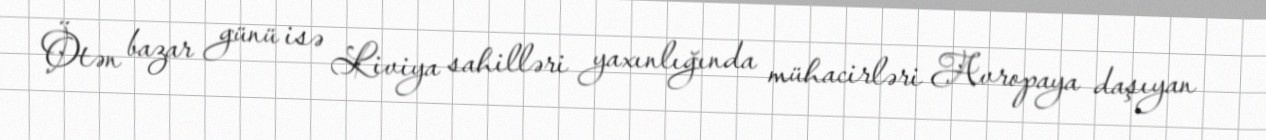
Ötən bazar günü isə Liviya sahilləri yaxınlığında mühacirləri Avropaya daşıyan